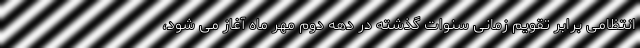
انتظامی برابر تقویم زمانی سنوات گذشته در دهه دوم مهر ماه آغاز می شود،